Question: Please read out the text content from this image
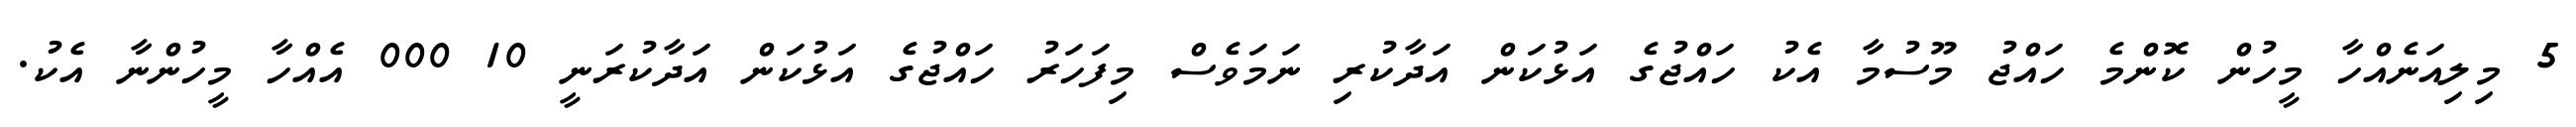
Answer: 5 މިލިއަނެއްހާ މީހުން ކޮންމެ ހައްޖު މޫސުމާ އެކު ހައްޖުގެ އަޅުކަން އަދާކުރި ނަމަވެސް މިފަހަރު ހައްޖުގެ އަޅުކަން އަދާކުރަނީ 10 000 އެއްހާ މީހުންނާ އެކު.